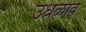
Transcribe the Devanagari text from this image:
उधळावे